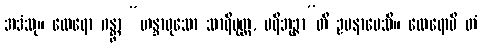
အဒံသု။ ထေရော ဂန္တွာ “ဟန္ဒာဝုသော သာရိပုတ္တ, ပရိဘုဉ္ဇာ”တိ ဥပနာမေသိ။ ထေရောပိ တံ